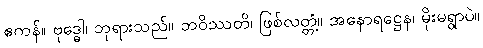
ဧကန်။ ဗုဒ္ဓေါ၊ ဘုရားသည်။ ဘဝိဿတိ၊ ဖြစ်လတ္တံ့။ အနောရဋ္ဌေန၊ မိုးမရွာပဲ။